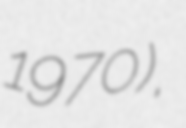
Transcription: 1970),